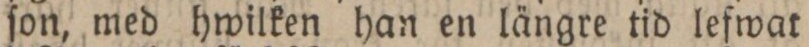
ſon, med hwilken han en längre tid lefwar